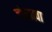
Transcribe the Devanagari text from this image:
जोखावा